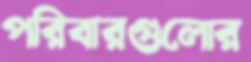
পরিবারগুলোর